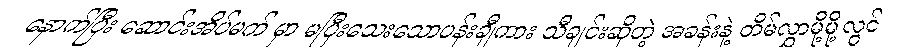
နောက်ပြီး ဆောင်းအိပ်မက် မှာ မပြီးသေးသောပန်းချီကား သီချင်းဆိုတဲ့ အခန်းနဲ့ တိမ်လွှာမို့မို့လွင်